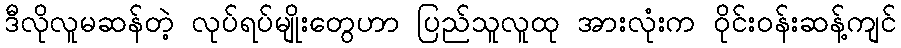
ဒီလိုလူမဆန်တဲ့ လုပ်ရပ်မျိုးတွေဟာ ပြည်သူလူထု အားလုံးက ဝိုင်းဝန်းဆန့်ကျင်